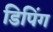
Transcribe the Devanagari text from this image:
डिपिंग